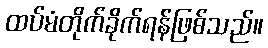
ထပ်မံတိုက်ခိုက်ရန်ဖြစ်သည်။